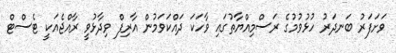
ވަށަފަރު ބަނދަރު ހުޅުވުމުގެ ރަސްމިއްޔާތުގައި ވާހަކަ ދައްކަވަމުން އާރިފް ވިދާޅުވީ ރާއްޖެއަކީ ޓެސްޓް